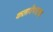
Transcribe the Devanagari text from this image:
कलावैभवाचा